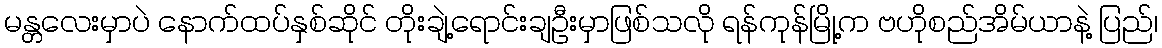
မန္တလေးမှာပဲ နောက်ထပ်နှစ်ဆိုင် တိုးချဲ့ရောင်းချဦးမှာဖြစ်သလို ရန်ကုန်မြို့က ဗဟိုစည်အိမ်ယာနဲ့ ပြည်၊